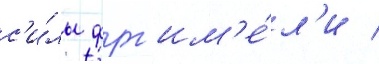
с'и́лы фрг им'е́л'и /